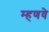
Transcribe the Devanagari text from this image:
म्हणवे